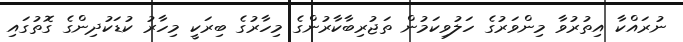
ނުރައްކާ އިތުރުވާ މިންވަރުގެ ހަލުވިކަމުން ތަޖުރިބާކާރުންގެ މިހާރުގެ ބިރަކީ މިހާރު ކުޑަކުދިންގެ ގޮތުގައި